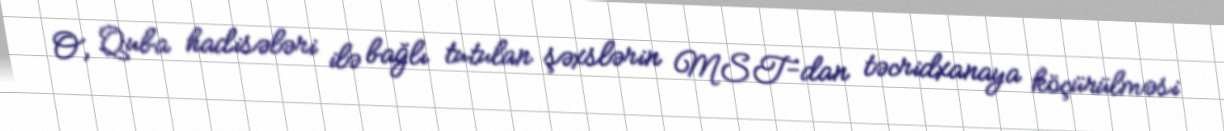
O, Quba hadisələri ilə bağlı tutulan şəxslərin MST-dan təcridxanaya köçürülməsi